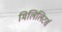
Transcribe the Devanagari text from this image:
मिलिलिटर्स